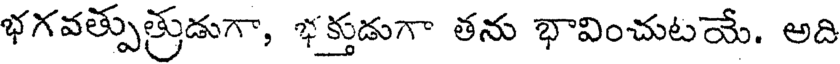
భగవత్పుత్రుడుగా, భక్తుడుగా తను భావించుటయే. అది